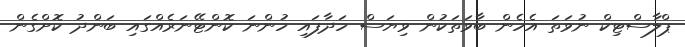
ޕްލާސްޓިކް ނުވަތަ އެހެން ބާވަތަކުން ވިޔަސް ހަދާފައި ހުންނަ ކޮންޓޭނަރެއްގައި ބަންދު ކޮށްގެން